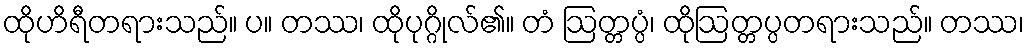
ထိုဟိရီတရားသည်။ ပ။ တဿ၊ ထိုပုဂ္ဂိုလ်၏။ တံ ဩတ္တပ္ပံ၊ ထိုဩတ္တပ္ပတရားသည်။ တဿ၊